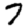
Digit: 7